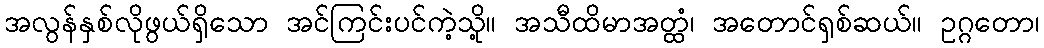
အလွန်နှစ်လိုဖွယ်ရှိသော အင်ကြင်းပင်ကဲ့သို့။ အသီထိမာအတ္ထံ၊ အတောင်ရှစ်ဆယ်။ ဥဂ္ဂတော၊